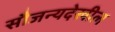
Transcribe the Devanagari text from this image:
सौजन्यदेखील